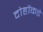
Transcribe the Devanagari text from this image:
दोहोंकडे